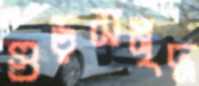
গুড়সমৃদ্ধ